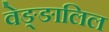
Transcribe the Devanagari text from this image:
वेङ्ङालिल